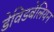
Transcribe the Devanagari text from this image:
डेविडबेलियन